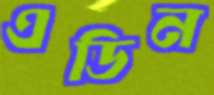
এডিন